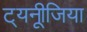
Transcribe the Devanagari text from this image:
ट््यनूीजिया